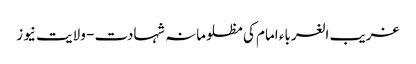
غریب الغرباء امام کی مظلومانہ شہادت - ولایت نیوز